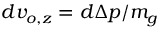
d v _ { o , z } = d \Delta p / m _ { g }